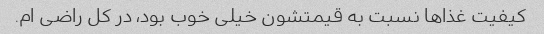
کیفیت غذاها نسبت به قیمتشون خیلی خوب بود، در کل راضی ام.